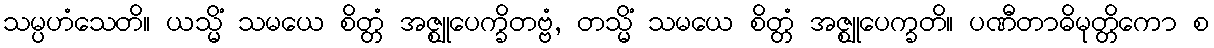
သမ္ပဟံသေတိ။ ယသ္မိံ သမယေ စိတ္တံ အဇ္ဈုပေက္ခိတဗ္ဗံ, တသ္မိံ သမယေ စိတ္တံ အဇ္ဈုပေက္ခတိ။ ပဏီတာဓိမုတ္တိကော စ